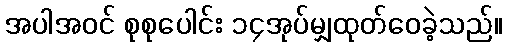
အပါအဝင် စုစုပေါင်း ၁၄အုပ်မျှထုတ်ဝေခဲ့သည်။